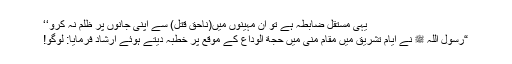
یہی مستقل ضابطہ ہے تو ان مہینوں میں(ناحق قتل) سے اپنی جانوں پر ظلم نہ کرو‘‘
“رسول اللہ ﷺ نے ایامِ تشریق میں مقامِ منیٰ میں حجة الوداع کے موقع پر خطبہ دیتے ہوئے ارشاد فرمایا: لوگو!